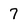
Character: 7